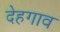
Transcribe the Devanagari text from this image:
देहगाव